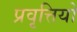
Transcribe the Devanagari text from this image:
प्रवृत्तियो